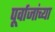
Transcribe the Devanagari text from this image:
पूर्वाजांच्या